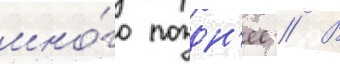
мно́го поздн'ее // В